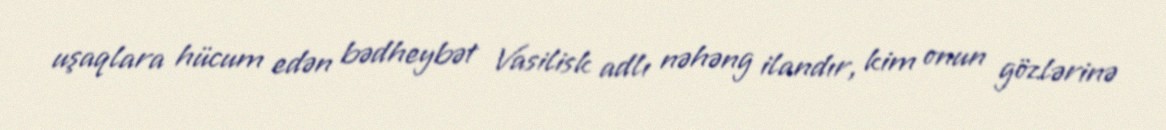
uşaqlara hücum edən bədheybət Vasilisk adlı nəhəng ilandır, kim onun gözlərinə